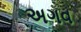
અગવ